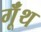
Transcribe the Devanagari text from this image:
गूॅंथ